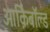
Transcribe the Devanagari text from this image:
आर्क़िबाॅल्ड